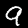
Digit: 9